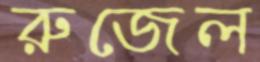
রুজেল